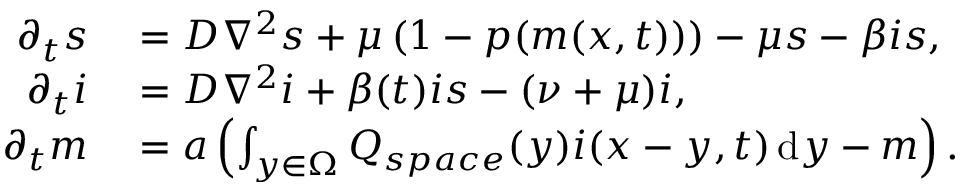
\begin{array} { r l } { \partial _ { t } s } & { { } = D \nabla ^ { 2 } s + \mu \left( 1 - p ( m ( x , t ) ) \right) - \mu s - \beta i s , } \\ { \partial _ { t } i } & { { } = D \nabla ^ { 2 } i + \beta ( t ) i s - ( \nu + \mu ) i , } \\ { \partial _ { t } m } & { { } = a \left( \int _ { y \in \Omega } Q _ { s p a c e } ( y ) i ( x - y , t ) \mathop { } \! \mathrm { d } y - m \right) . } \end{array}